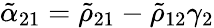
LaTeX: \tilde{\alpha}_{21}=\tilde{\rho}_{21}-\tilde{\rho}_{12}\gamma_{2}